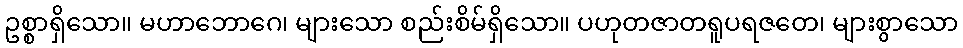
ဥစ္စာရှိသော။ မဟာဘောဂေ၊ များသော စည်းစိမ်ရှိသော။ ပဟုတဇာတရူပရဇတေ၊ များစွာသော